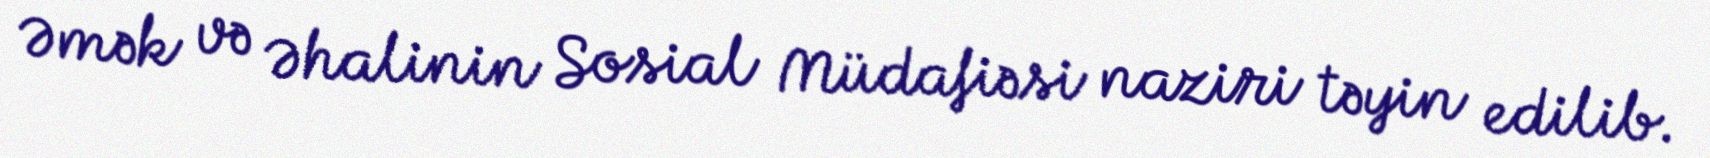
Əmək və Əhalinin Sosial Müdafiəsi naziri təyin edilib.